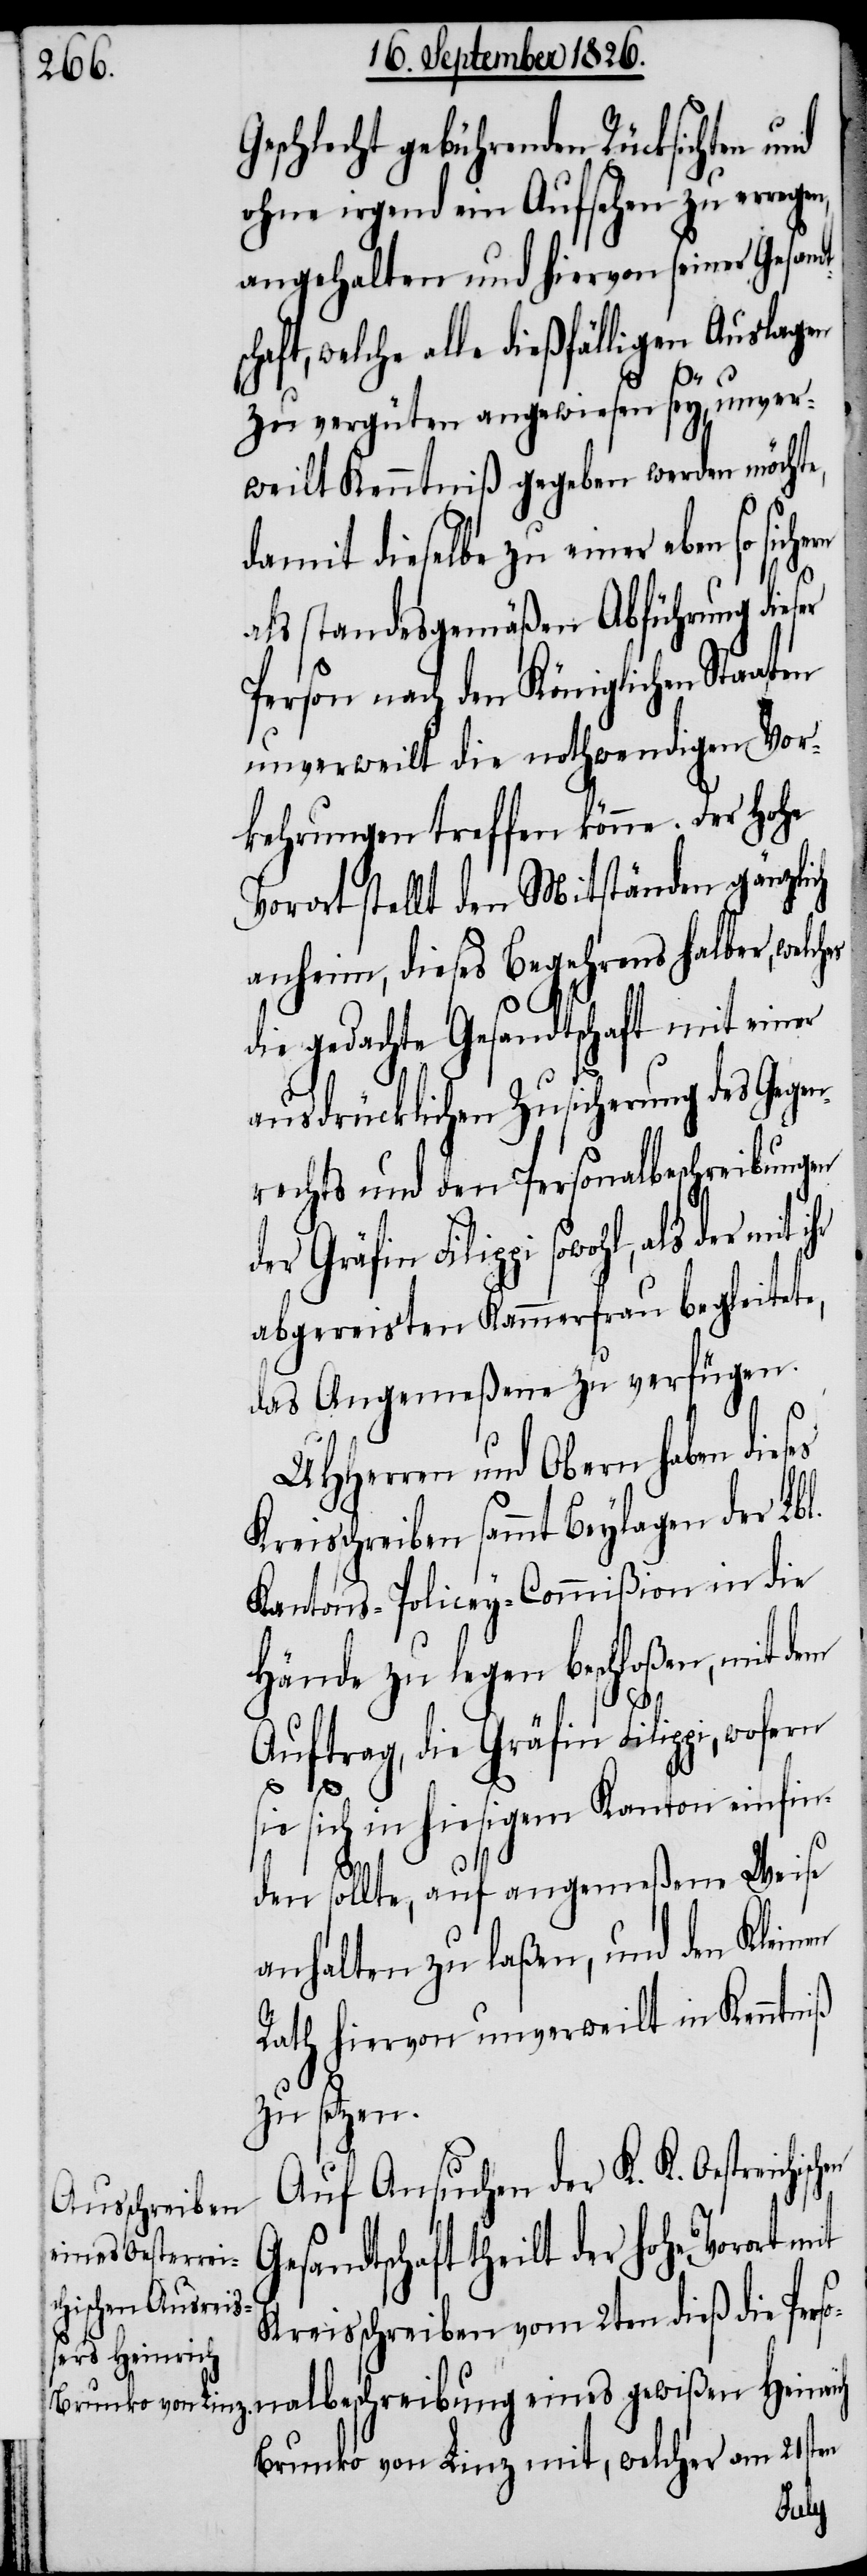
Geschlecht gebührenden Rücksichten
ohne irgend ein Aufsehen zu erre¬
angehalten und hiervon seiner Gesand¬
aft, welche alle dießfälligen Auslagen
Ge¬
zu vergüten angewiesen sey, unver¬
weilt Kenntniß gegeben werden möchte,
s¬
damit dieselbe zu einer eben so sich¬
als standesgemäßen Abführung dies¬
Person nach den Königlichen
unverweilt die nothwendigen Vor¬
kehrungen treffen könne. Der hohe
Vorort stellt den Mitständen gänzlich
anheim, dieses Begehrens halber, welch¬
die gedachte Gesandtschaft mit einer
ausdrücklichen Zusicherung des Gegen¬
rechts und den Personalbeschreibungen
der Gräfin Filippi sowohl, als der
abgereisten Kammerfrau begleitete,
das Angemeßene zu verfügen.
MHHerren und Obern haben dieses
eisschreiben sammt Beylagen der Lbl.
Kantons-Policey-Commißion in die
Hände zu legen beschloßen, mit dem
Auftrag, die Gräfin Filippi, wofern
ie sich in hiesigem Kanton einfin¬
den sollte, auf angemeßene Weise
anhalten zu laßen, und den Kleinen
Rath hiervon unverweilt in Kenntniß
zu setzen.
Auf Ansuchen der K. K. Oestreichisch¬
sandtschaft theilt der hohe Vorort
Kreisschreiben vom 2ten dieß die Perso¬
nalbeschreibung eines gewißen Heinrich
Brunko von Linz mit, welcher am 21sten
Staaten